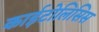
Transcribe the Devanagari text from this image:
काईटोलिसिस